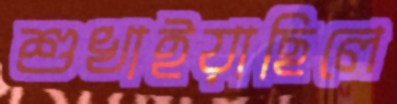
শুখাইয়াছিলে